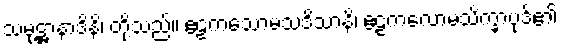
သမုဋ္ဌာနာဒိနိ၊ တို့သည်။ ဧဠကသောမသဒိသာနိ၊ ဧဠကလောမသိက္ခာပုဒ်၏